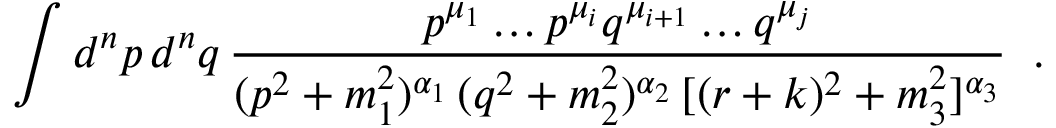
\int d ^ { n } p \, d ^ { n } q \, \frac { p ^ { \mu _ { 1 } } \ldots p ^ { \mu _ { i } } q ^ { \mu _ { i + 1 } } \ldots q ^ { \mu _ { j } } } { ( p ^ { 2 } + m _ { 1 } ^ { 2 } ) ^ { \alpha _ { 1 } } \, ( q ^ { 2 } + m _ { 2 } ^ { 2 } ) ^ { \alpha _ { 2 } } \, [ ( r + k ) ^ { 2 } + m _ { 3 } ^ { 2 } ] ^ { \alpha _ { 3 } } } \; \; .